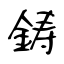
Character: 鋳